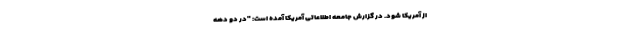
از آمریکا شود. در گزارش جامعه اطلاعاتی آمریکا آمده است: "در دو دهه